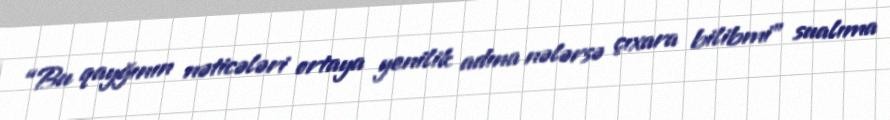
“Bu qayğının nəticələri ortaya yenilik adına nələrsə çıxara bilibmi” sualıma